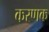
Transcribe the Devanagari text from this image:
करणक